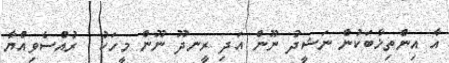
އާ އިންތިޚާބަކުން ނަޝީދު ނޫން އަދި ރީނދޫ ނޫން މީހަކު  ރުއްސެވިއްޔާ